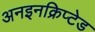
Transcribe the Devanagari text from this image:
अनइनक्रिप्टेड